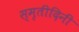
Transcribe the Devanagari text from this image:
स्मृतीदिनी